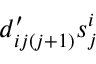
d _ { i j ( j + 1 ) } ^ { \prime } s _ { j } ^ { i }